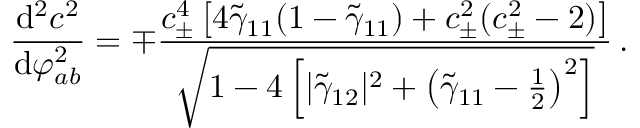
\frac { \mathrm { d } ^ { 2 } c ^ { 2 } } { \mathrm { d } \varphi _ { a b } ^ { 2 } } = \mp \frac { c _ { \pm } ^ { 4 } \left[ 4 \tilde { \gamma } _ { 1 1 } ( 1 - \tilde { \gamma } _ { 1 1 } ) + c _ { \pm } ^ { 2 } ( c _ { \pm } ^ { 2 } - 2 ) \right] } { \sqrt { 1 - 4 \left[ | \tilde { \gamma } _ { 1 2 } | ^ { 2 } + \left( \tilde { \gamma } _ { 1 1 } - \frac { 1 } { 2 } \right) ^ { 2 } \right] } } \, .